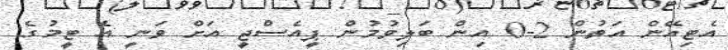
އެޓިއޭން އަތުން 2-0 އިން ބަލިވުމުން ޕީއެސްޖީ އަށް ވަނީ އެ ޓީމުގެ